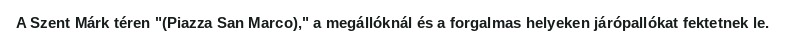
A Szent Márk téren "(Piazza San Marco)," a megállóknál és a forgalmas helyeken járópallókat fektetnek le.